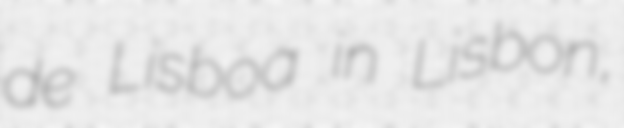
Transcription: de Lisboa in Lisbon,